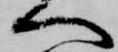
へ